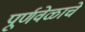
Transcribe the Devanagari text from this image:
पूर्णवेळाचे